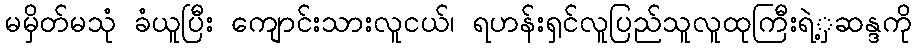
မမှိတ်မသုံ ခံယူပြီး ကျောင်းသားလူငယ်၊ ရဟန်းရှင်လူပြည်သူလူထုကြီးရဲ့ှဆန္ဒကို